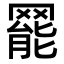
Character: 𦋼